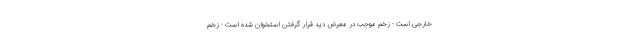
خارجی است - زخم موجب در معرض دید قرار گرفتن استخوان شده است - زخم